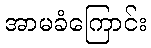
အာမခံကြောင်း